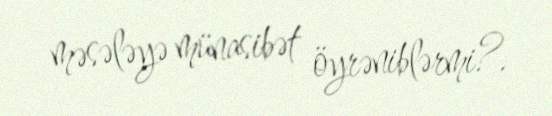
məsələyə münasibət öyrəniblərmi?.